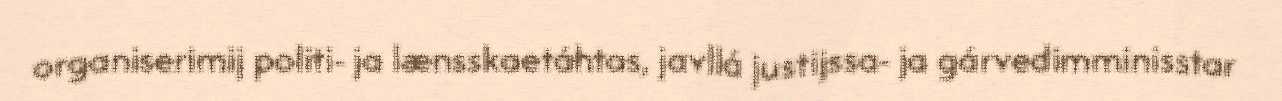
organiserimij politi- ja lænsskaetáhtas, javllá justijssa- ja gárvedimminisstar